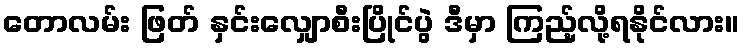
တောလမ်း ဖြတ် နှင်းလျှောစီးပြိုင်ပွဲ ဒီမှာ ကြည့်လို့ရနိုင်လား။